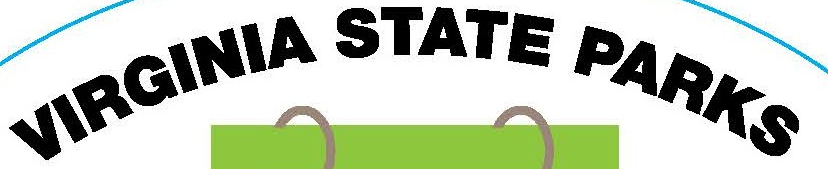
VIRGINIA STATE PARKS